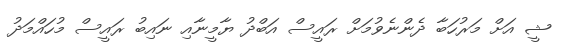
ޝީ އަށް މަރުހަބާ ދެންނެވުމަށް ރައީސް އަބްދު ޔާމީނާއި ނައިބު ރައީސް މުހައްމަދު